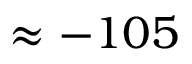
\approx - 1 0 5